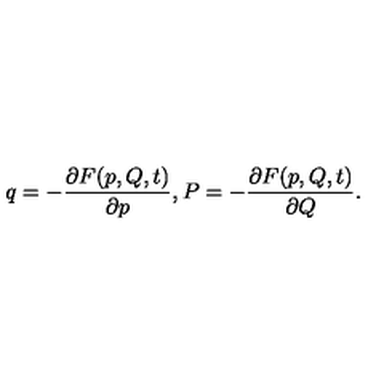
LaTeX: q = - \frac { \partial F ( p , Q , t ) } { \partial p } , P = - \frac { \partial F ( p , Q , t ) } { \partial Q } .